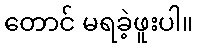
တောင် မရခဲ့ဖူးပါ။